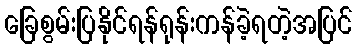
ခြေစွမ်းပြနိုင်ရန်ရုန်းကန်ခဲ့ရတဲ့အပြင်